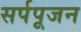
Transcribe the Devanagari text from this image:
सर्पपूजन